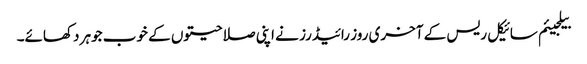
بیلجیئم سائیکل ریس کے آخری روز رائیڈرز نے اپنی صلاحیتوں کے خوب جوہر دکھائے۔